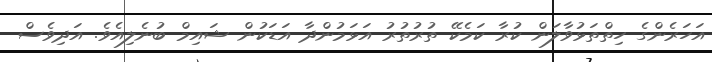
އަހަރެންގެ ހިތްތަޅުވާލަން ކުރާ ކަމެކޭ ތުރުތުރު އަޅަމުންދާ އަޑަކުން ޝައިމް ބުނެލިއެވެ. އަދިވެސް